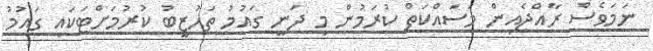
ނަމަވެސް ރާއްޖެއިން މަސައްކަތް ކުރަމުން މި ދަނީ ގައުމުު ތަހުޒީބު ކުރުމަށްޓަކައި ގައުމު